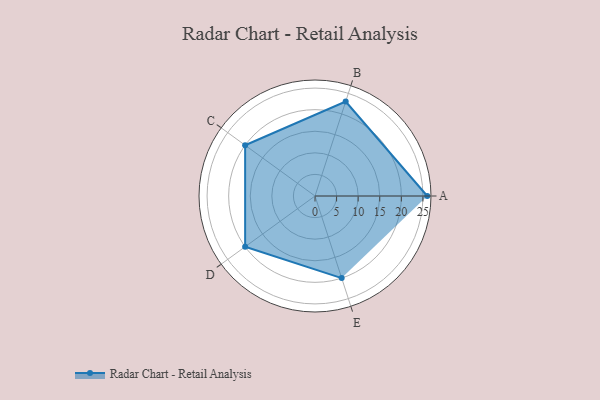
{"axis": {"x": "Skill", "y": "Score"}, "legend": ["Profile"], "data": [{"x": "A", "y": 26.0, "type": "Profile"}, {"x": "B", "y": 23.0, "type": "Profile"}, {"x": "C", "y": 20.0, "type": "Profile"}, {"x": "D", "y": 20, "type": "Profile"}, {"x": "E", "y": 20, "type": "Profile"}]}